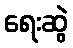
ရေးဆွဲ